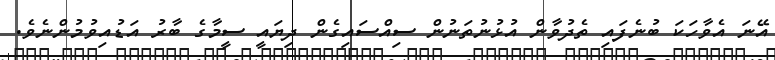
އޭނަ އެވާހަކަ ބުނެފައި ތެދުވާން އުޅުނުތަނުން ސިއްސައިގެން ދިޔައީ ސީމާގެ ބާރު އަޑުއިވުމުންނެވެ.